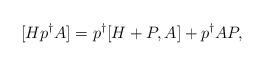
LaTeX: \begin{align*}[H p^\dag A] = p^\dag [H+P, A] + p^\dag AP,\end{align*}